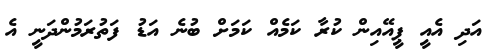
އަދި އެއީ ޕީއޭއިން ކުރާ ކަމެއް ކަމަށް ބުނެ އަޑު ފަތުރަމުންދަނީ އެ